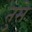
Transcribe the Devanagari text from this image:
तुसे